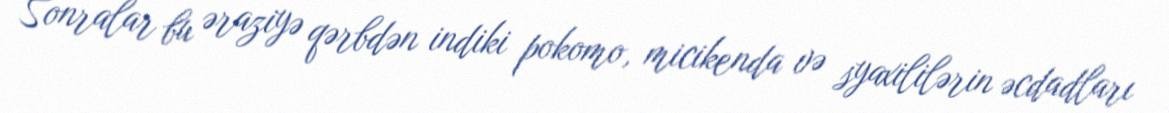
Sonralar bu əraziyə qərbdən indiki pokomo, micikenda və syaxililərin əcdadları